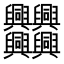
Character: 𠔻